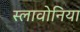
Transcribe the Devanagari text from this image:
स्लावोनिया